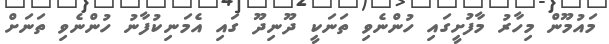
މައުމޫން މިހާރު މާފުށީގައި ހުންނެވި ތަނަކީ ދޫނިދޫ ގައި އެމަނިކުފާނު ހުންނެވި ތަނަށް